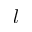
l